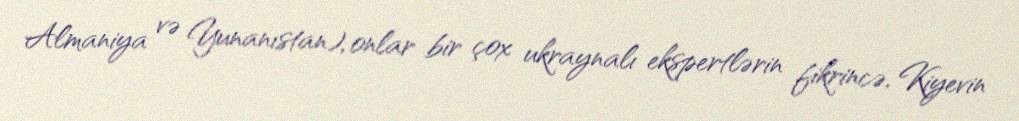
Almaniya və Yunanıstan), onlar bir çox ukraynalı ekspertlərin fikrincə, Kiyevin